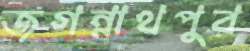
জগন্নাথপুর